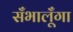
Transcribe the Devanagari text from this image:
सँभालूँगा